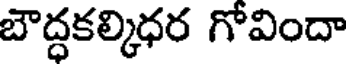
బౌద్ధకల్కిధర గోవిందా